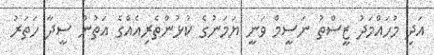
އަދި މުހައްމަދު ޒީސްތު ނަސީމް ވަނީ ޔަމަނުގެ ކުޅުންތެރިއެއްގެ އަތުން ސީދާ ހަތަރު